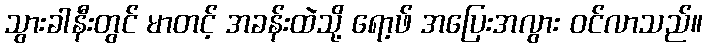
သွားခါနီးတွင် မာတင့် အခန်းထဲသို့ ရော့ဖ် အပြေးအလွား ဝင်လာသည်။